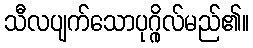
သီလပျက်သောပုဂ္ဂိုလ်မည်၏။